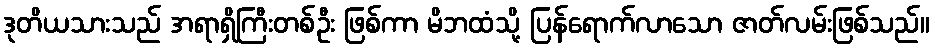
ဒုတိယသားသည် အရာရှိကြီးတစ်ဦး ဖြစ်ကာ မိဘထံသို့ ပြန်ရောက်လာသော ဇာတ်လမ်းဖြစ်သည်။